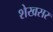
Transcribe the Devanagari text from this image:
शेखसर